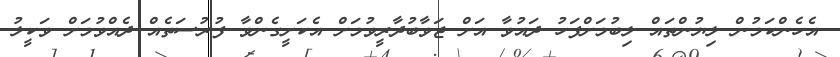
އެހެންކަމުން ލިޔުންތައް ލިބުމަށްފަހު ދައުވާ އަށް ޖަވާބުދާރީވުމަށް އެކަށީގެންވާ ފުރުސަތެއް ދެއްވުމަށް ވަކީލު